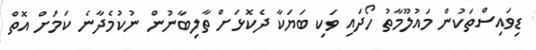
ޑިވައިސްތަކުން މައުލޫމާތު ހޯދައި ވަކި ބަޔަކާ ދެކޮޅަށް ތާލިބާނުން ނުކުމެދާނެ ކަމަށް އޮތް